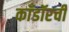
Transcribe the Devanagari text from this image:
काँडॉरची